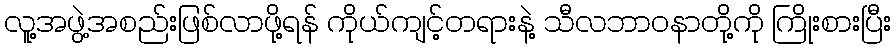
လူ့အဖွဲ့အစည်းဖြစ်လာဖို့ရန် ကိုယ်ကျင့်တရားနဲ့ သီလဘာဝနာတို့ကို ကြိုးစားပြီး